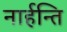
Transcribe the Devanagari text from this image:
नार्हन्ति